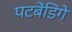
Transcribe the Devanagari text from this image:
पटबेंडिगे